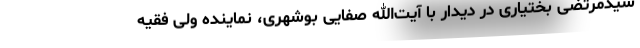
سیدمرتضی بختیاری در دیدار با آیت‌الله صفایی بوشهری، نماینده ولی فقیه